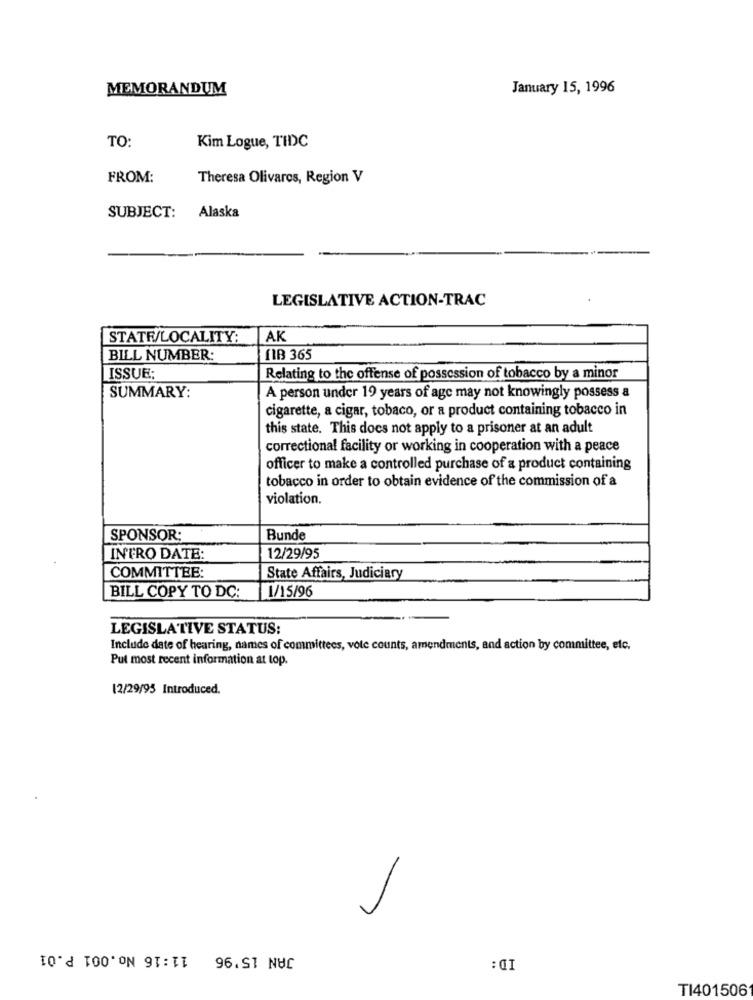
MEMORANDUM
January 15, 1996
TO:
Kim Logue, TIDC
FROM:
Theresa Olivares, Region V
SUBJECT: Alaska
LEGISLATIVE ACTION-TRAC
STATR/LOCALITY:
AK
BILL NUMBER:
[1B 365
ISSUE;
Relating to the offense of possession of tobacco by a minor
SUMMARY:
A person under 19 years of age may not knowingly possess a
cigarette, a cigar, tobaco, or a product containing tobacco in
this state. This does not apply to a prisoner at an adult
correctional facility or working in cooperation with a peace
officer to make a controlled purchase of a product containing
tobacco in order to obtain evidence of the commission of a
violation.
SPONSOR:
Bunde
INTRO DATE:
12/29/95
COMMITTEE:
State Affairs, Judiciary
BILL COPY TO DC:
1/15/96
LEGISLATIVE STATUS:
Include date of hearing, names of committees, vole counts, amendments, and action by committee, etc.
Put most recent information at top.
12/29/95 Introduced.
JAN 15'96 11:16 No.001 P.01
: CI
TI401506